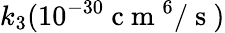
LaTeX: k_{3}(10^{-30}\mathrm{~c~m~}^{6}/\mathrm{~s~})